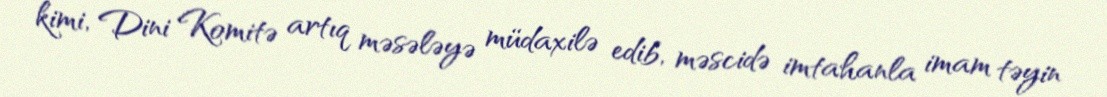
kimi, Dini Komitə artıq məsələyə müdaxilə edib, məscidə imtahanla imam təyin